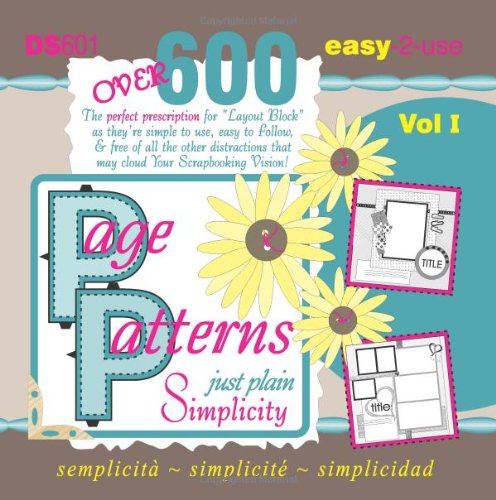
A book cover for Page Patterns: Just Plain Simplicity; Cheryl Bradbury; Crafts, Hobbies & Home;